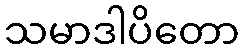
သမာဒါပိတော